Annual report on the lock hospitals of the Madras Presidency
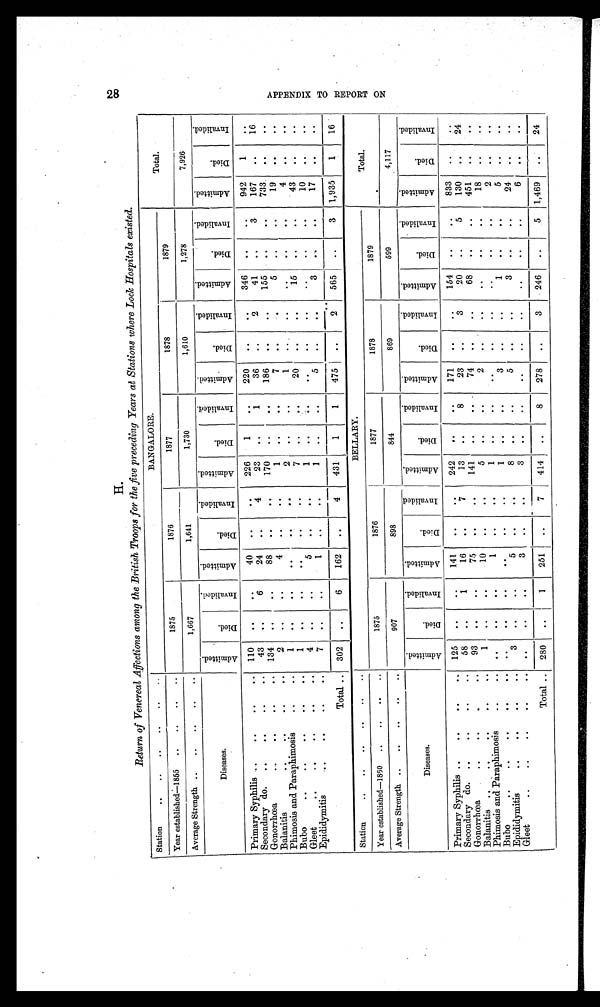
H.
28
Return of Venereal Affections among the British Troops for the five preceding Years at Stations where Lock Hospitals existed.
Station
..
.. .. ..
..
..
BANGALORE.
Total.
Year established—1855 ..
. .
. .
1875
1876
1877
1878
1879
Average Strength ..
..
..
..
1,667
1,641
1 , 7 3 0
1,610
1,278
7,926
Diseases.
A d m i t t e d .
D i e d .
I n v a l i d e d .
A d m i t t e d .
D i e d .
I n v a l i d e d .
A d m i t t e d .
D i e d .
I n v a l i d e d .
A d m i t t e d .
D i e d .
I n v a l i d e d .
A d m i t t e d .
D i e d .
I n v a l i d e d .
A d m i t t e d .
D i e d .
I n v a l i d e d .
Primary Syphilis ..
..
..
.. 110
. .
. .
40 ..
. . 226
1
..
220
. .
. .
346 ..
. .
942
1
..
Secondary do. ..
. .
..
. . 43
. .
6
24 ..
4
23 ..
1
36
. .
2
41
. .
3
167
. .
16
Gonorrhœa
..
..
.. 134
. .
. .
88
. .
. . 170 ..
. .
186
. .
..
155
. .
. . 733
. .
. .
Balanitis
..
..
. . ..
2
. .
. .
4 ..
..
1
..
..
7 ..
. . 5
..
..
19
. .
..
Phimosis and Paraphimosis
..
. .
1
. .
. .
..
. .
. .
2 ..
. .
1
. .
..
. .
. .
..
4
. .
..
Bubo
..
..
. .
. .
1
..
..
..
..
..
7 ..
. .
20 ..
..
15
. .
..
43
. .
..
Gleet
..
. .
. .
. .
4 ..
..
5
..
. . 1
..
..
..
..
. .
..
..
. .
10
. .
..
Epididymitis..
. .
. .
..
7 ..
. .
1
. .
. .
1
. .
. .
5
. .
. .
3
. .
. .
17
. .
. .
Total .. 302
. .
6
162 ..
4
431
1
1
475
. .
2
565
. .
3 1,935
1
16
Station
..
.. ..
..
..
. .
BELLARY.
Total.
Year established—1860 ..
..
. . ..
1875
1876
1877
1878
1879
Average Strength
..
. .
. .
907
898
844
869
599
4,117
Diseases.
A d m i t t e d .
D i e d .
I n v a l i d e d .
A d m i t t e d .
D i e d .
I n v a l i d e d .
A d m i t t e d .
D i e d .
I n v a l i d e d .
A d m i t t e d .
D i e d .
I n v a l i d e d .
A d m i t t e d .
D i e d .
I n v a l i d e d .
A d m i t t e d .
D i e d .
I n v a l i d e d .
Primary Syphilis ..
..
..
.. 125 ..
..
141
. .
. . 242 ..
..
171
..
. .
154 ..
. . 833
. .
. .
Secondary do. ..
. .
. .
. . 58
. .
1
16 ..
7
13
. .
8
23
. .
3
20 ..
5
130 . . . .
24
Gonorrhœa
..
. .
..
. . 93
. .
..
75
. .
. . 141
..
. .
74 ..
..
68
..
..
451
. .
. .
Balanitis ..
..
. .
. .
..
1
..
. .
10 ..
..
5
..
. .
2 ..
. .
..
..
. .
18 ..
..
Phimosis and Paraphimosis
. .
. .
. .
. .
. .
1
. .
..
1
. .
. .
. .
. . ..
. .
..
. .
2 ...
. .
Bubo
..
..
. .
. .
. .
. . ..
. .
. .
. .
. .
1
. .
. .
3
. . ..
1
..
. .
5
. .
. . . .
Epididymitis
..
..
..
..
3 ..
. .
5 ..
. .
8 ..
. .
5
. .
..
3
. .
. .
24 ..
. .
Gleet
..
..
..
. .
. .
. .
. .
..
3
. .
. .
3 . .
. .
. .
..
. .
. .
. . ..
6
. .
..
Total .. 280
..
1
251
..
7
414 ..
8
278
. .
3
246
. .
. . 1,469
. .
24
O A P P E N D I X T O R E P O R T O N